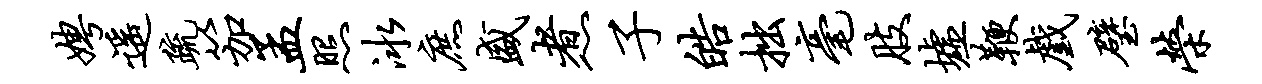
娉遥疏笳孟照冰庶盛煮子皓拙毫肢墟鞭戏璧荣